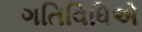
ગતિવિધિએ